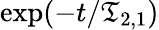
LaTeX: \exp(-t/\mathfrak{T}_{2,1})